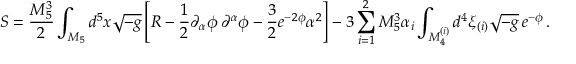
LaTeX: S = \frac { M _ { 5 } ^ { 3 } } { 2 } \int _ { { \cal M } _ { 5 } } d ^ { 5 } x \sqrt { - g } \left[ R - \frac { 1 } { 2 } \partial _ { \alpha } \phi \, \partial ^ { \alpha } \phi - \frac { 3 } { 2 } e ^ { - 2 \phi } \alpha ^ { 2 } \right] - 3 \sum _ { i = 1 } ^ { 2 } M _ { 5 } ^ { 3 } \alpha _ { i } \int _ { { \cal M } _ { 4 } ^ { ( i ) } } d ^ { 4 } \xi _ { ( i ) } \sqrt { - g } \, e ^ { - \phi } \, .